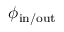
\phi _ { \mathrm { i n / o u t } }